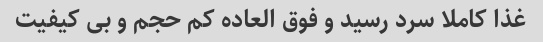
غذا کاملا سرد رسید و فوق العاده کم حجم و بی کیفیت